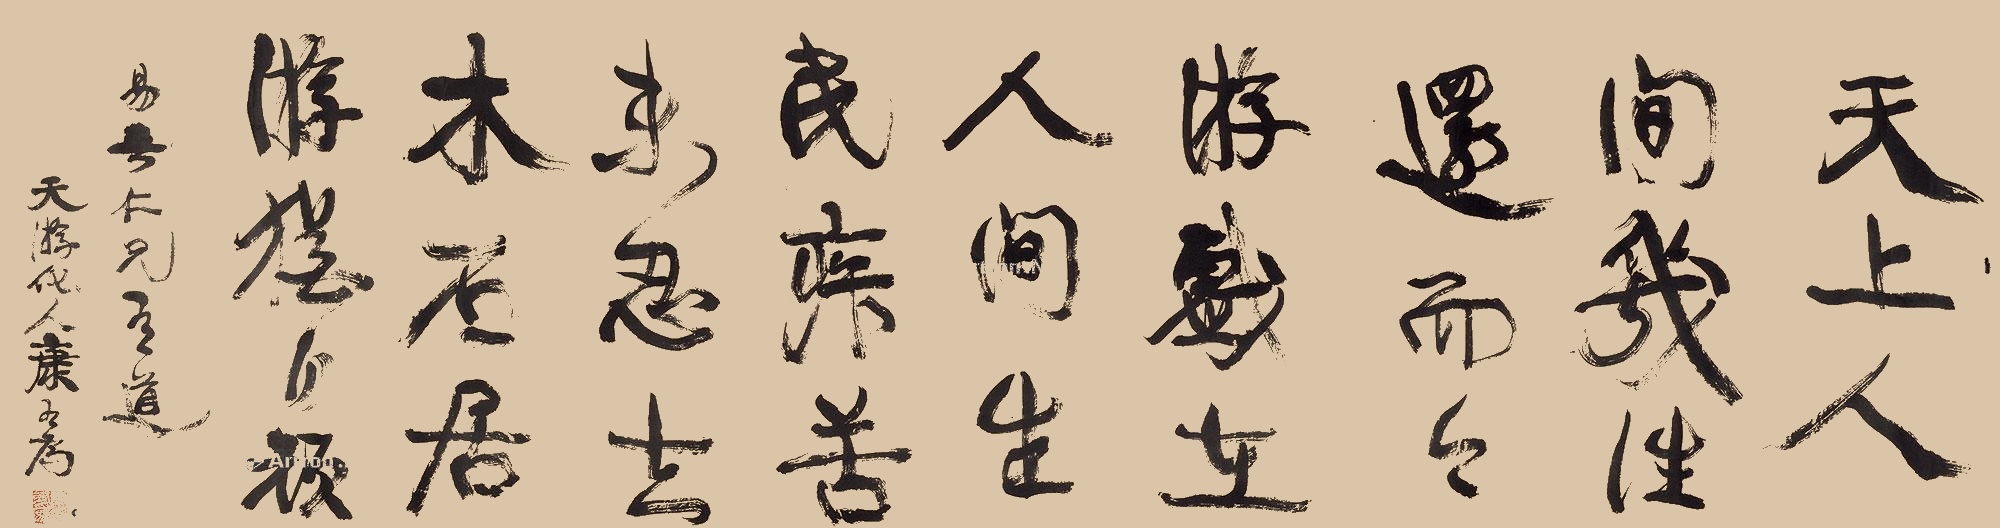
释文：天上人间千往还，而今游戏在人间。生民疾苦何忍去，木石与居犹自顽。易□仁兄有道，天游化人康有为。